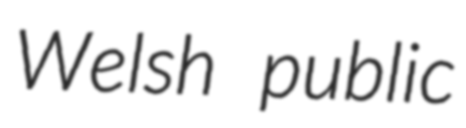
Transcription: Welsh public